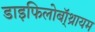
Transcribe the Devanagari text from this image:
डाइफिलोबॉ्थ्रायम